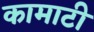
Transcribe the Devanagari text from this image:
कामाटी